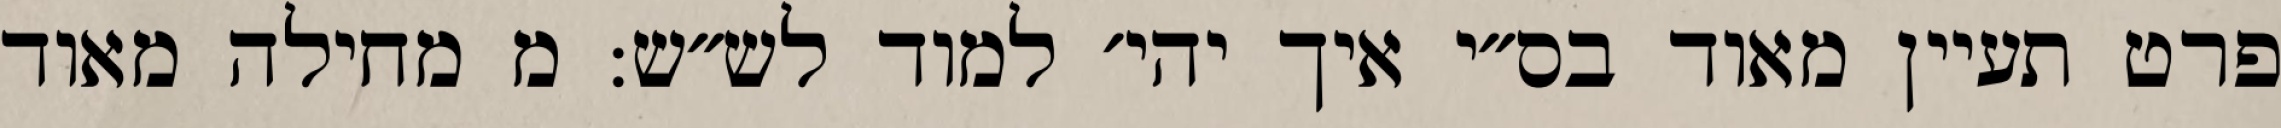
פרט תעיין מאוד בס״י איך יהי׳ למוד לש״ש: מ מחילה מאוד